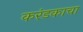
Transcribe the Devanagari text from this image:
करंडकाचा